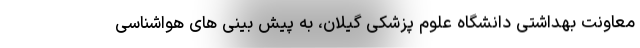
معاونت بهداشتی دانشگاه علوم پزشکی گیلان، به پیش بینی های هواشناسی